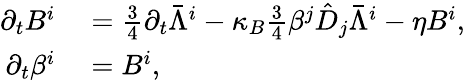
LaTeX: \begin{array}{rl}{\partial_{t}B^{i}}&{{}=\frac{3}{4}\partial_{t}\bar{\Lambda}^{i}-\kappa_{B}\frac{3}{4}\beta^{j}\hat{D}_{j}\bar{\Lambda}^{i}-\eta B^{i},}\\ {\partial_{t}\beta^{i}}&{{}=B^{i},}\end{array}